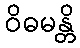
ဝိဓမန္တိ